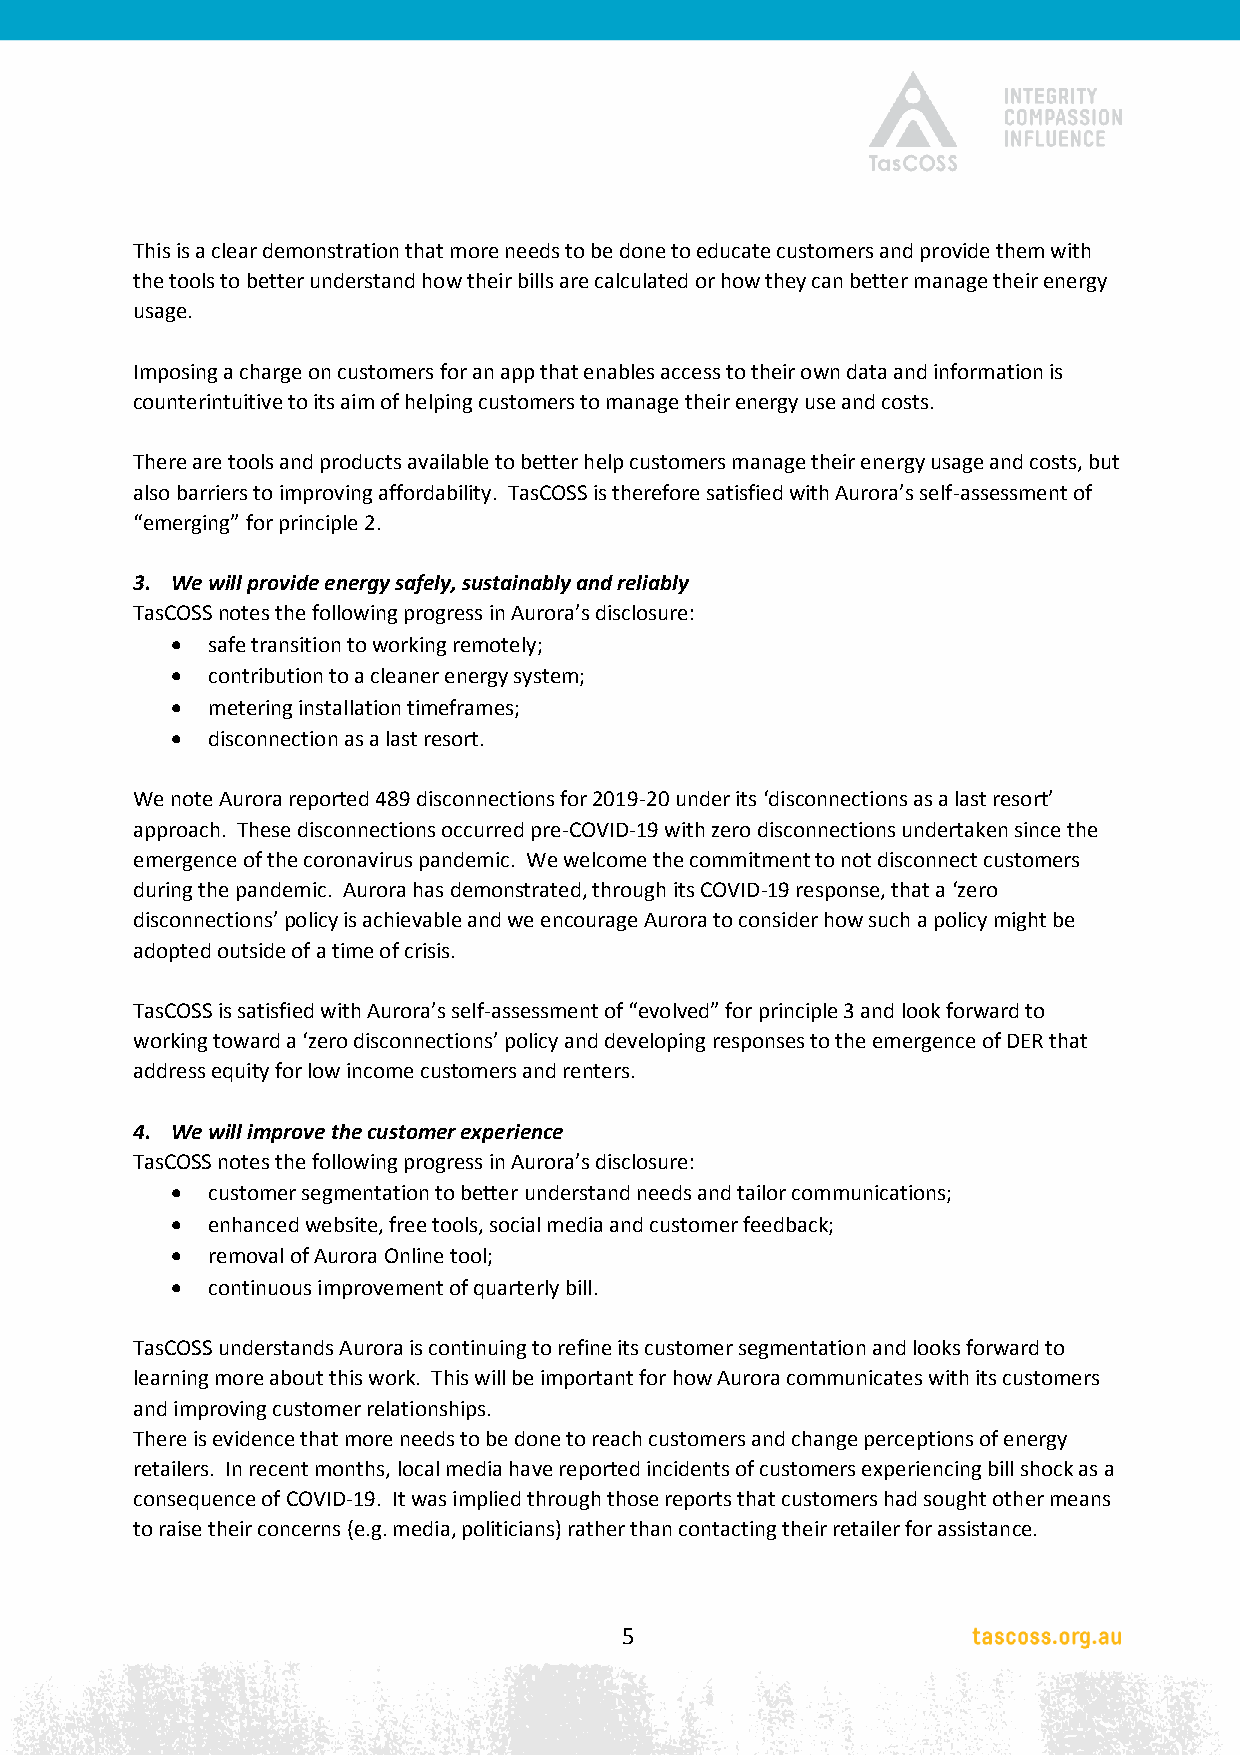
This is a clear demonstration that more needs to be done to educate customers and provide them with
 the tools to better understand how their bills are calculated or how they can better manage their energy
 usage.
 Imposing a charge on customers for an app that enables access to their own data and information is
 counterintuitive to its aim of helping customers to manage their energy use and costs.
 There are tools and products available to better help customers manage their energy usage and costs, but
 also barriers to improving affordability. TasCOSS is therefore satisfied with Aurora’s self-assessment of
 “emerging” for principle 2.
 3. We will provide energy safely, sustainably and reliably
 TasCOSS notes the following progress in Aurora’s disclosure:
   safe transition to working remotely;
   contribution to a cleaner energy system;
   metering installation timeframes;
   disconnection as a last resort.
 We note Aurora reported 489 disconnections for 2019-20 under its ‘disconnections as a last resort’
 approach. These disconnections occurred pre-COVID-19 with zero disconnections undertaken since the
 emergence of the coronavirus pandemic. We welcome the commitment to not disconnect customers
 during the pandemic. Aurora has demonstrated, through its COVID-19 response, that a ‘zero
 disconnections’ policy is achievable and we encourage Aurora to consider how such a policy might be
 adopted outside of a time of crisis.
 TasCOSS is satisfied with Aurora’s self-assessment of “evolved” for principle 3 and look forward to
 working toward a ‘zero disconnections’ policy and developing responses to the emergence of DER that
 address equity for low income customers and renters.
 4. We will improve the customer experience
 TasCOSS notes the following progress in Aurora’s disclosure:
   customer segmentation to better understand needs and tailor communications;
   enhanced website, free tools, social media and customer feedback;
   removal of Aurora Online tool;
   continuous improvement of quarterly bill.
 TasCOSS understands Aurora is continuing to refine its customer segmentation and looks forward to
 learning more about this work. This will be important for how Aurora communicates with its customers
 and improving customer relationships.
 There is evidence that more needs to be done to reach customers and change perceptions of energy
 retailers. In recent months, local media have reported incidents of customers experiencing bill shock as a
 consequence of COVID-19. It was implied through those reports that customers had sought other means
 to raise their concerns (e.g. media, politicians) rather than contacting their retailer for assistance.
 5